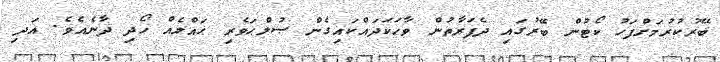
ބޭރުކުރުމަށްފަހު ކޯޓުން ބޭރުގައި ދެފަރާތުން ވާހަކަދައްކައިގެން ޞުލްޙަވެރި ޙައްލެއް ހޯދި ދާނެއެވެ. އަދި